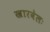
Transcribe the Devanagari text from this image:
खारवेलः